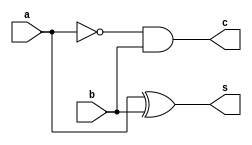
`timescale 1ns / 1ps
//////////////////////////////////////////////////////////////////////////////////
// Company: 
// 
// Design Name: 
// Module Name: Half_sub
// Project Name: 
// Target Devices: 
// Tool Versions: 
// Description: 
// 
// Dependencies: 
// 
// Revision:
// Revision 0.01 - File Created
// Additional Comments:
// 
//////////////////////////////////////////////////////////////////////////////////


module Half_sub(
  input a,    // Input 'a'
  input b,    // Input 'b'
  output s,   // Output 's' (difference)
  output c    // Output 'c' (borrow)
);
wire w1;
  // Combinational logic equations for difference and  borrow
 assign    s = a ^ b; // XOR operation for difference
 assign w1 = ~a; // taking not of A
 assign   c = w1 & b;  // AND operation for borrow
endmodule